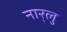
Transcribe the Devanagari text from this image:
नार्‍लु